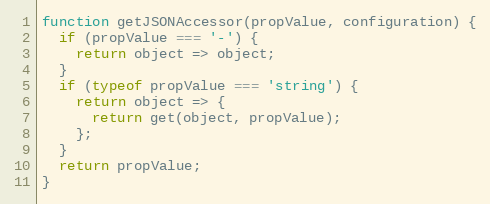
Language: JavaScript
function getJSONAccessor(propValue, configuration) {
  if (propValue === '-') {
    return object => object;
  }
  if (typeof propValue === 'string') {
    return object => {
      return get(object, propValue);
    };
  }
  return propValue;
}